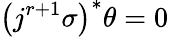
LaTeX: \left(j^{r+1}\sigma\right)^{*}\theta=0